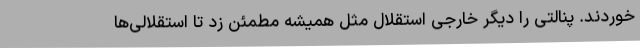
خوردند. پنالتی را دیگر خارجی استقلال مثل همیشه مطمئن زد تا استقلالی‌ها